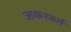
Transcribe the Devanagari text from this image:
जकरबर्ग